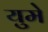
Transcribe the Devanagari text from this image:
युमे